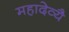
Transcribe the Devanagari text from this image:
महादेव्यै